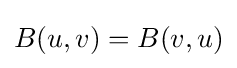
B(u,v)=B(v,u)